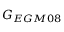
G _ { E G M 0 8 }